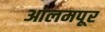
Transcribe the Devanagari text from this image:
आलमपूर